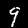
Digit: 9